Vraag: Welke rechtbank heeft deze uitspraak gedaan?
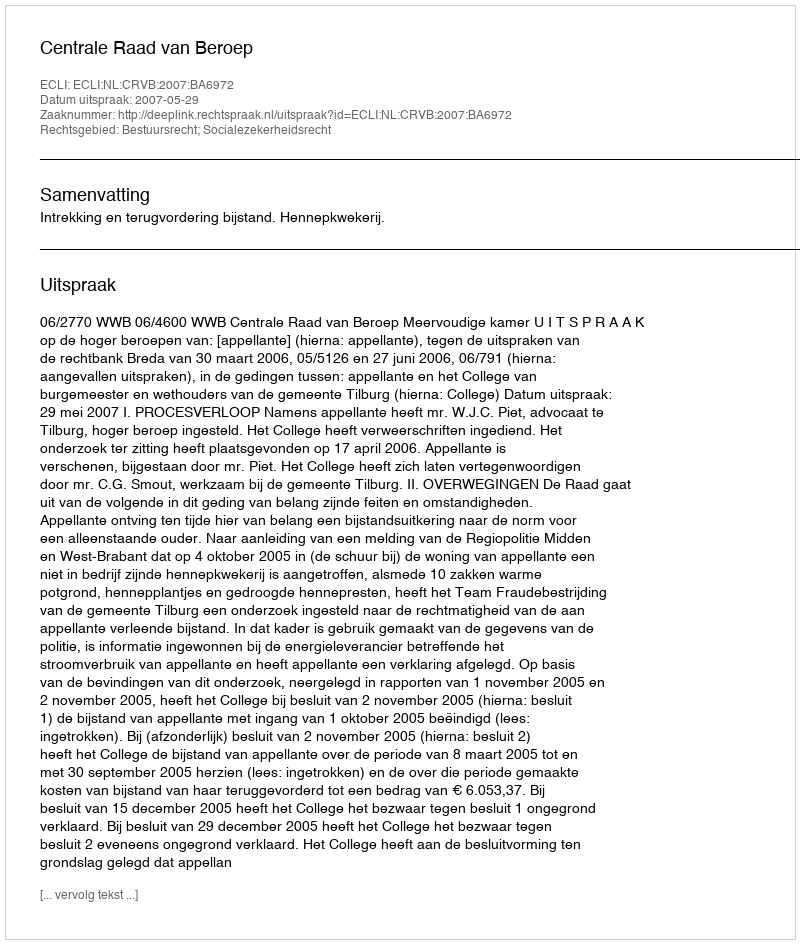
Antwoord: Centrale Raad van Beroep